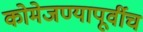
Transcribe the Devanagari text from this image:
कोमेजण्यापूर्वीच